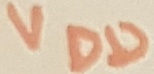
Text: VDD